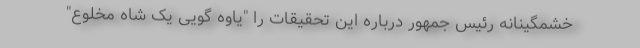
خشمگینانه رئیس جمهور درباره این تحقیقات را "یاوه گویی یک شاه مخلوع"